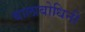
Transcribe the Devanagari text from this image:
बालाबोधिनी